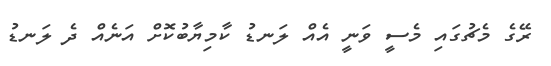
ރޭގެ މެޗުގައި މެސީ ވަނީ އެއް ލަނޑު ކާމިޔާބުކޮށް އަނެއް ދެ ލަނޑު